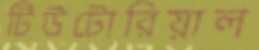
টিউটোরিয়াল